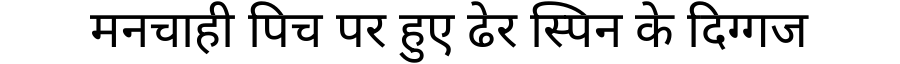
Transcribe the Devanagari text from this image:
मनचाही पिच पर हुए ढेर स्पिन के दिग्गज